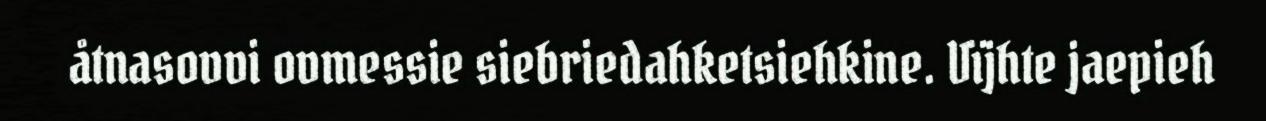
åtnasovvi ovmessie siebriedahketsiehkine. Vïjhte jaepieh